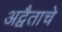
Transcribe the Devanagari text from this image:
अद्वैताचे